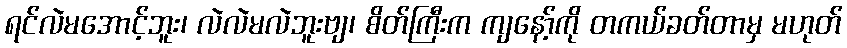
ရင်လဲမအောင့်ဘူး၊ လဲလဲမလဲဘူးဗျ၊ စိတ်ကြီးက ကျနော့်ကို တကယ်ခတ်တာမှ မဟုတ်